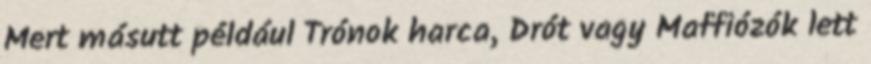
Mert másutt például Trónok harca, Drót vagy Maffiózók lett